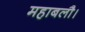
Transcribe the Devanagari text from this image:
महाबलौ।